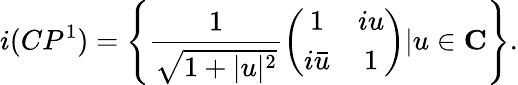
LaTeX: i(CP^{1})=\left\{ \frac{1}{\sqrt{1+|u|^{2}}}\left(\begin{array}{cc}{{1}}&{{iu}}\\ {{i\bar{u}}}&{{1}}\end{array}\right)|u\in\mathbf C\right\} .